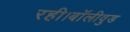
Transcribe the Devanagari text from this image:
रही।बॉलीवुड